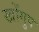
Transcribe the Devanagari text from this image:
खोंगुप